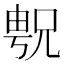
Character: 𫤝